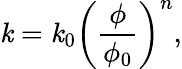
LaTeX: \mathit{k}=\mathit{k}_{0}\left(\frac{{\phi}}{{\phi_{0}}}\right)^{n},